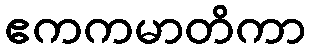
ဧကကမာတိကာ